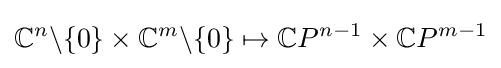
{\mathbb {C} }^{n}\backslash \{0\}\times {\mathbb {C} }^{m}\backslash \{0\}\mapsto {\mathbb {C} }P^{n-1}\times {\mathbb {C} }P^{m-1}